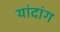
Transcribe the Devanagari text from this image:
यांदांग